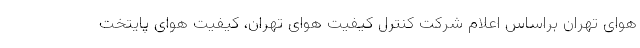
هوای تهران براساس اعلام شرکت کنترل کیفیت هوای تهران، کیفیت هوای پایتخت